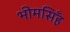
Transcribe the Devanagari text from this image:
भीमसिँह